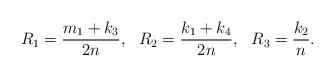
LaTeX: \begin{align*}R_1={m_1+k_3 \over {2n}}, \ \ R_2={k_1+k_4 \over {2n}}, \ \ R_3={k_2 \over {n}}.\end{align*}